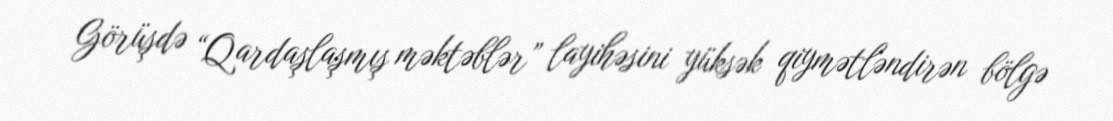
Görüşdə “Qardaşlaşmış məktəblər” layihəsini yüksək qiymətləndirən bölgə